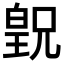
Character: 𪾂